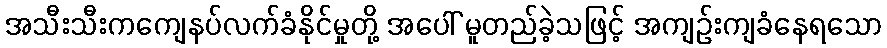
အသီးသီးကကျေနပ်လက်ခံနိုင်မှုတို့ အပေါ် မူတည်ခဲ့သဖြင့် အကျဉ်းကျခံနေရသော